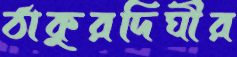
ঠাকুরদিঘীর